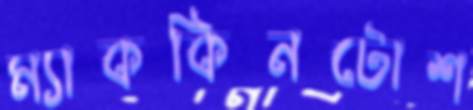
ম্যাককিনটোশ